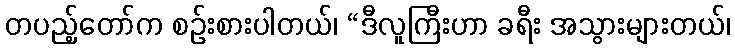
တပည့်တော်က စဉ်းစားပါတယ်၊ “ဒီလူကြီးဟာ ခရီး အသွားများတယ်၊